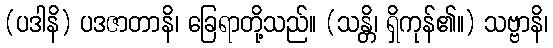
(ပဒါနိ) ပဒဇာတာနိ၊ ခြေရာတို့သည်။ (သန္တိ၊ ရှိကုန်၏။) သဗ္ဗာနိ၊